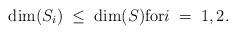
LaTeX: \begin{align*} \dim(S_i) \;\leq\; \dim(S) \textnormal{for} i\;=\; 1,2.\end{align*}